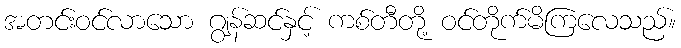
အတင်းဝင်လာသော ဂျွန်ဆင်နှင့် ကစ်တီတို့ ဝင်တိုက်မိကြလေသည်။